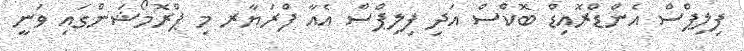
ފިލިޕްސް އެންޑްރޮއިޑް ބޮކްސް އަދި ފިލިޕްސް އެއާ ފްރަޔާރ މި ޕްރޮމޯޝަންގައި ވަނީ